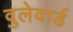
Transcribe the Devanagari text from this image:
वुलेवार्ड